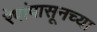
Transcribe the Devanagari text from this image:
रेषांपासूनच्या